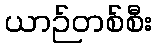
ယာဉ်တစ်စီး